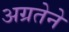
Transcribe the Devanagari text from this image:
अग्रतेने